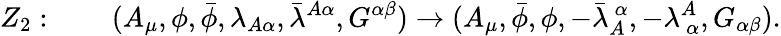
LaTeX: Z_{2}:\qquad(A_{\mu},\phi,\bar{\phi},\lambda_{A\alpha},\bar{\lambda}^{A\alpha},G^{\alpha\beta})\rightarrow(A_{\mu},\bar{\phi},\phi,-\bar{\lambda}_{A}^{\! ~~\alpha},-\lambda_{\! ~~\alpha}^{A},G_{\alpha\beta}).